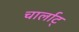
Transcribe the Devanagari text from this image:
चार्लाट्